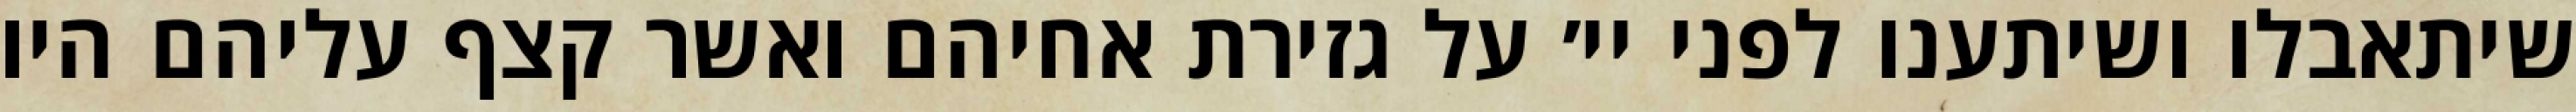
שיתאבלו ושיתענו לפני יי׳ על גזירת אחיהם ואשר קצף עליהם היו